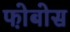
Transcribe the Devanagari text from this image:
फो़बोस